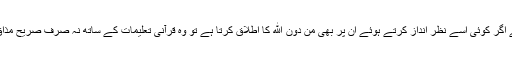
اس لئے انبیاء و صالحین کو نگاهِ ربوبیت میں جو اپنائیت حاصل ہے اگر کوئی اسے نظر انداز کرتے ہوئے ان پر بھی مِنْ دُوْنِ اللهِ کا اطلاق کرتا ہے تو وہ قرآنی تعلیمات کے ساتھ نہ صرف صریح مذاق کرتا ہے بلکہ خود ربِ ذوالجلال کے ارشادات کا کھلا انکار بھی۔